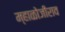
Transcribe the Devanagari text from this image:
म्हाळोजीराव